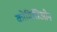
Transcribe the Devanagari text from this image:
कोमिसिओन